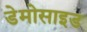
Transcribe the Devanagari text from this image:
डेमोसाइड